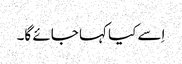
اِسے کیا کہا جائے گا۔